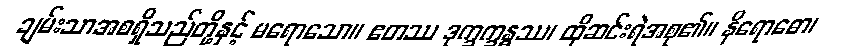
ချမ်းသာအစရှိသည်တို့နှင့် မရောသော။ ဧတဿ ဒုက္ခက္ခန္ဓဿ၊ ထိုဆင်းရဲအစု၏။ နိရောဓော၊